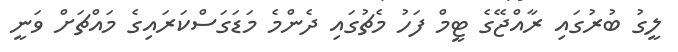
ލީގު ބުރުގައި ރާއްޖޭގެ ޓީމް ފަހު މެޗުގައި ދެންމެ މަޑަގަސްކަރައިގެ މައްޗަށް ވަނީ